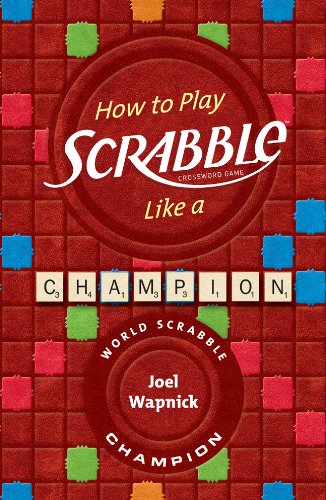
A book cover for How to Play SCRABBLE Like a Champion; Joel Wapnick; Humor & Entertainment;